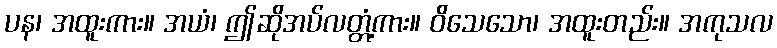
ပန၊ အထူးကား။ အယံ၊ ဤဆိုအပ်လတ္တံ့ကား။ ဝိသေသော၊ အထူးတည်း။ အကုသလ